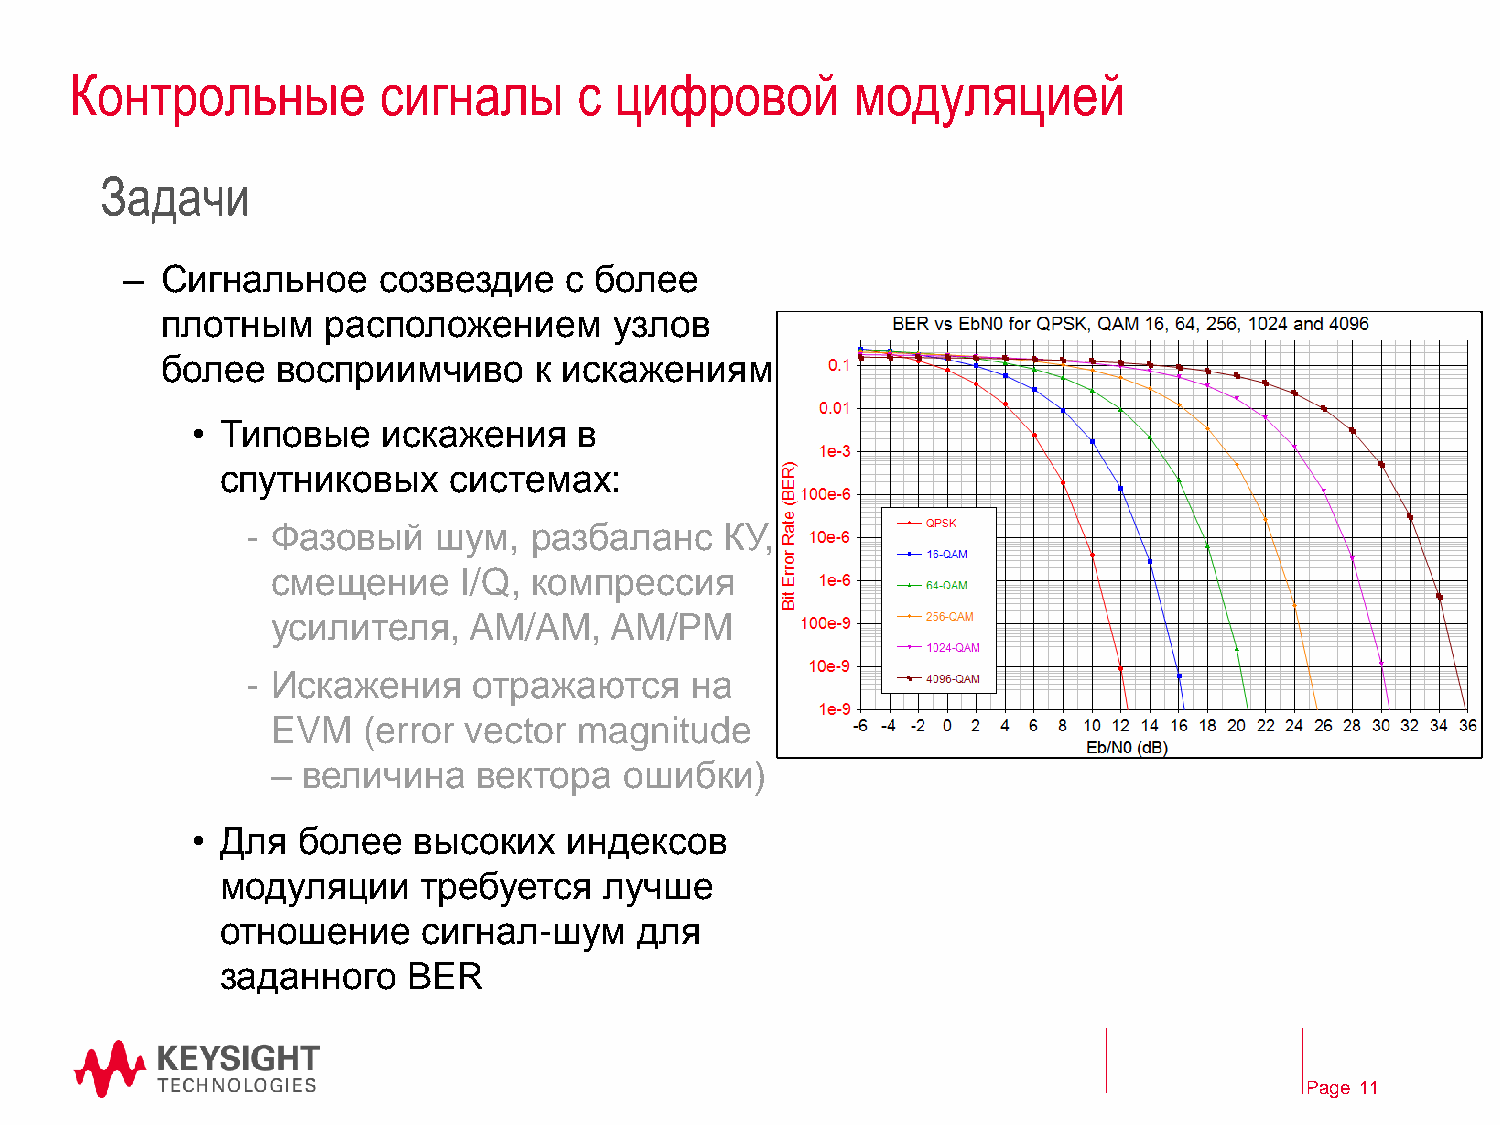
Контрольные         сигналы      с  цифровой       модуляцией
 Задачи
 –  Сигнальное    созвездие   с более
 плотным    расположением      узлов
 более  восприимчиво     к искажениям
 • Типовые   искажения    в
 спутниковых    системах:
 - Фазовый    шум,  разбаланс    КУ,
 смещение    I/Q, компрессия
 усилителя,   AM/AM,   AM/PM
 - Искажения    отражаются     на
 EVM   (error vector magnitude
 – величина    вектора  ошибки)
 • Для  более  высоких    индексов
 модуляции    требуется   лучше
 отношение    сигнал-шум    для
 заданного   BER
 Page 11